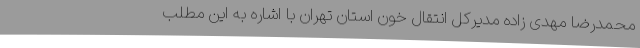
محمدرضا مهدی زاده مدیرکل انتقال خون استان تهران با اشاره به این مطلب